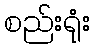
စည်းရုံး